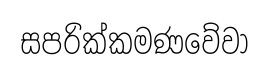
සපරික්කමණවේවා